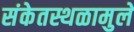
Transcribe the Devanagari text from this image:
संकेतस्थळामुले